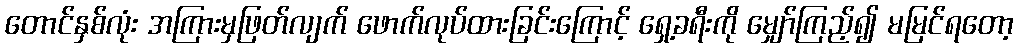
တောင်နှစ်လုံး အကြားမှဖြတ်လျက် ဖောက်လုပ်ထားခြင်းကြောင့် ရှေ့ခရီးကို မျှော်ကြည့်၍ မမြင်ရတော့